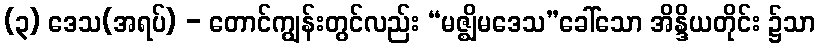
(၃) ဒေသ(အရပ်) - တောင်ကျွန်းတွင်လည်း “မဇ္ဈိမဒေသ”ခေါ်သော အိန္ဒိယတိုင်း ၌သာ